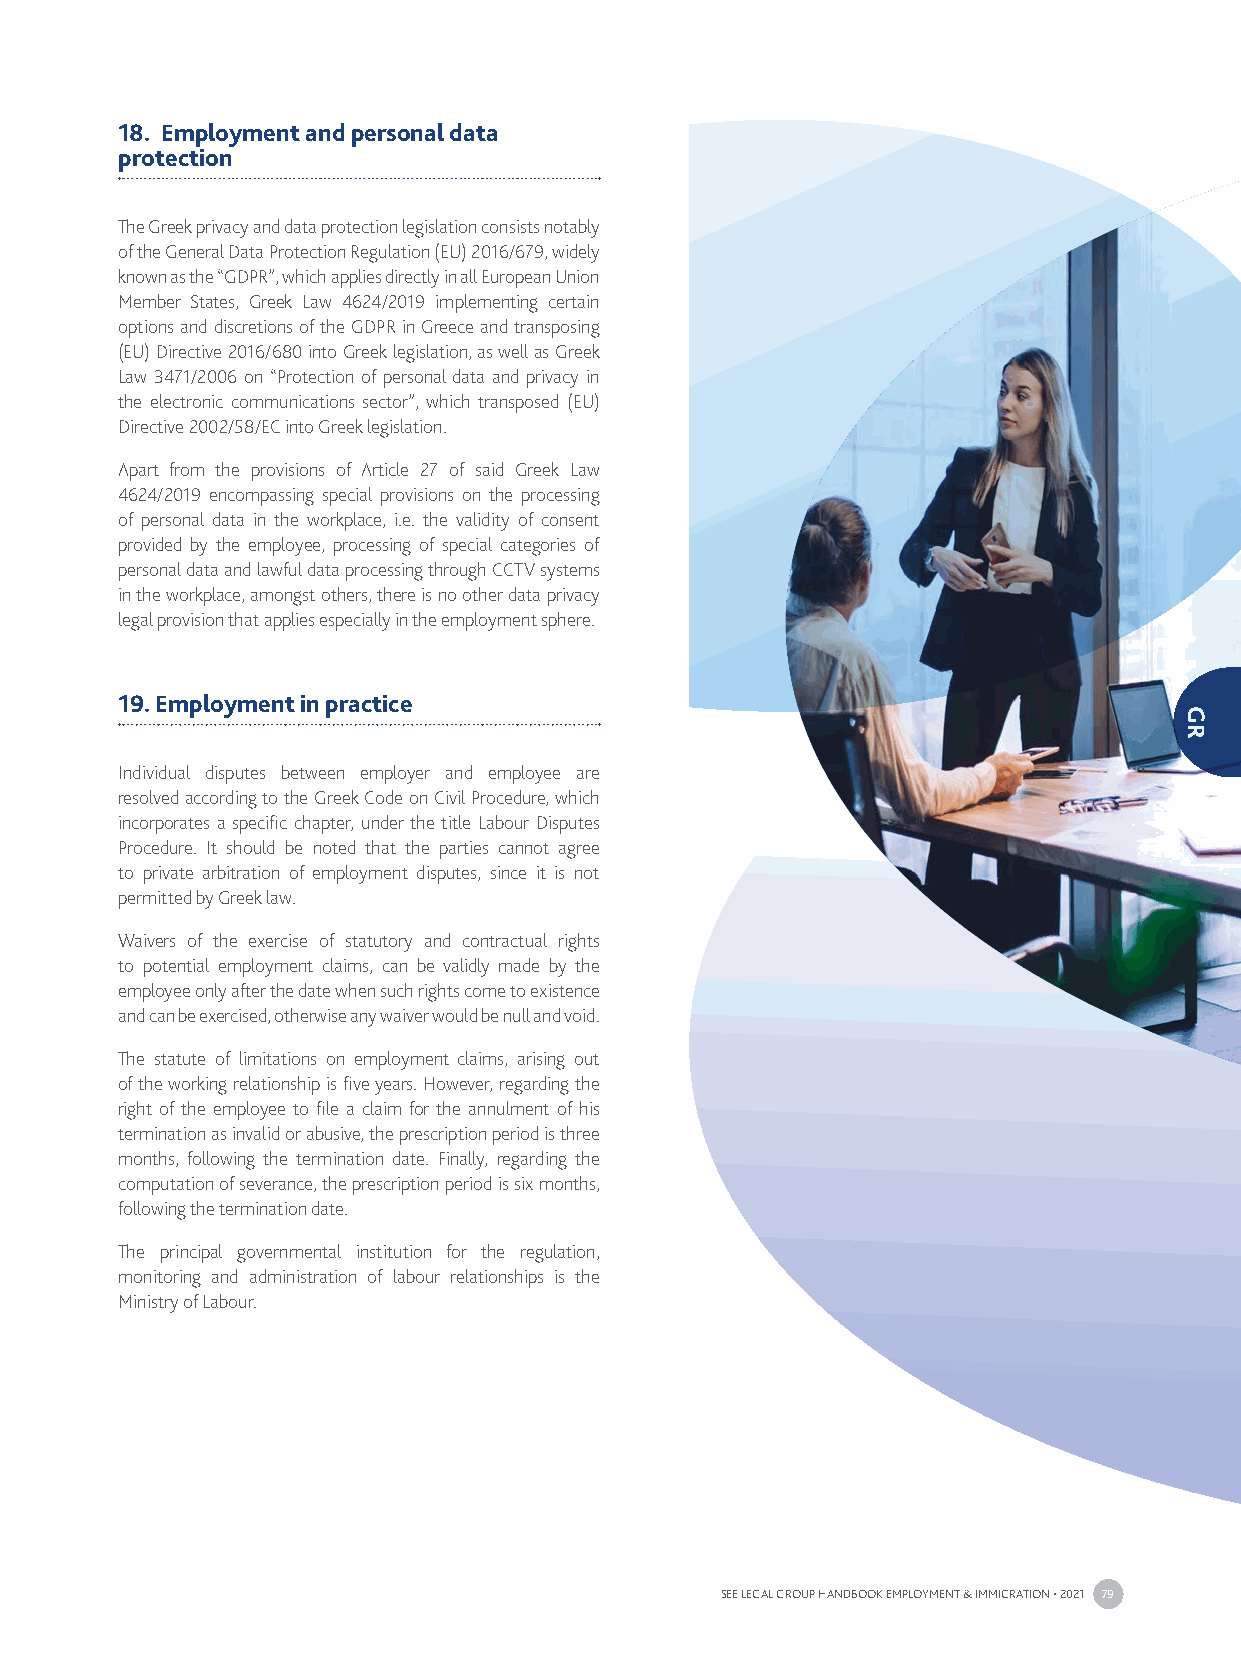
18. Employment and personal data
 protection
 The Greek privacy and data protection legislation consists notably
 of the General Data Protection Regulation (EU) 2016/679, widely
 known as the “GDPR”, which applies directly in all European Union
 Member States, Greek Law 4624/2019 implementing certain
 options and discretions of the GDPR in Greece and transposing
 (EU) Directive 2016/680 into Greek legislation, as well as Greek
 Law 3471/2006 on “Protection of personal data and privacy in
 the electronic communications sector”, which transposed (EU)
 Directive 2002/58/EC into Greek legislation.
 Apart from the provisions of Article 27 of said Greek Law
 4624/2019 encompassing special provisions on the processing
 of personal data in the workplace, i.e. the validity of consent
 provided by the employee, processing of special categories of
 personal data and lawful data processing through CCTV systems
 in the workplace, amongst others, there is no other data privacy
 legal provision that applies especially in the employment sphere.
 19. Employment in practice
 Individual disputes between employer and employee are
 resolved according to the Greek Code on Civil Procedure, which
 incorporates a specific chapter, under the title Labour Disputes
 Procedure. It should be noted that the parties cannot agree
 to private arbitration of employment disputes, since it is not
 permitted by Greek law.
 Waivers of the exercise of statutory and contractual rights
 to potential employment claims, can be validly made by the
 employee only after the date when such rights come to existence
 and can be exercised, otherwise any waiver would be null and void.
 The statute of limitations on employment claims, arising out
 of the working relationship is five years. However, regarding the
 right of the employee to file a claim for the annulment of his
 termination as invalid or abusive, the prescription period is three
 months, following the termination date. Finally, regarding the
 computation of severance, the prescription period is six months,
 following the termination date.
 The principal governmental institution for the regulation,
 monitoring and administration of labour relationships is the
 Ministry of Labour.
 SEE LEGAL GROUP HANDBOOK EMPLOYMENT & IMMIGRATION • 2021 79
 GR